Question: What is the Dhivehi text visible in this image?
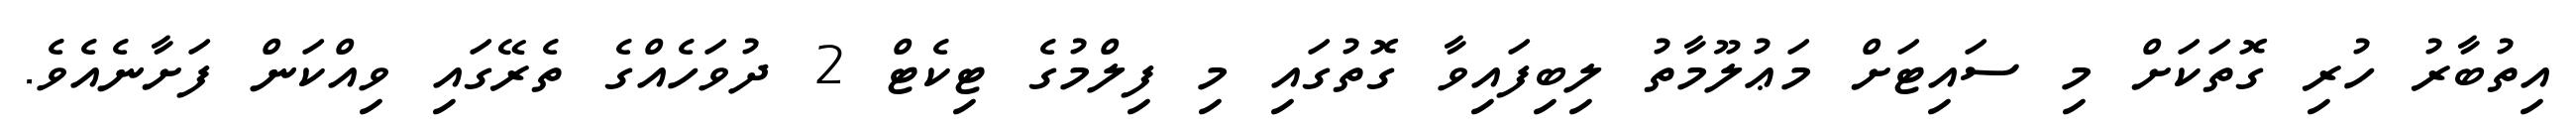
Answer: އިތުބާރު ހުރި ގޮތަކަށް މި ސައިޓަށް މަޢުލޫމާތު ލިބިފައިވާ ގޮތުގައި މި ފިލްމުގެ ޓިކެޓް 2 ދުވަހެއްގެ ތެރޭގައި ވިއްކަން ފަށާނެއެވެ.